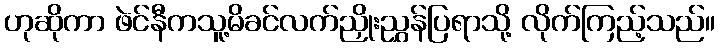
ဟုဆိုကာ ဖဲင်နီကသူ့မိခင်လက်ညှိုးညွှန်ပြရာသို့ လိုက်ကြည့်သည်။